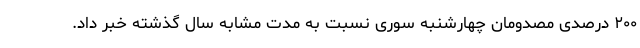
٢٠٠ درصدی مصدومان چهارشنبه سوری نسبت به مدت مشابه سال گذشته خبر داد.